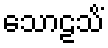
သောဠသိံ